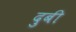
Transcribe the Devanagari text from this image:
दुबी